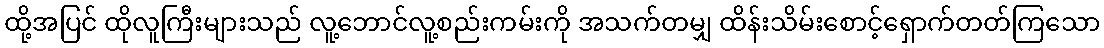
ထို့အပြင် ထိုလူကြီးများသည် လူ့ဘောင်လူ့စည်းကမ်းကို အသက်တမျှ ထိန်းသိမ်းစောင့်ရှောက်တတ်ကြသော